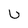
Character: U